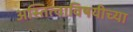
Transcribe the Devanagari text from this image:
अस्तित्वाविषयीच्या